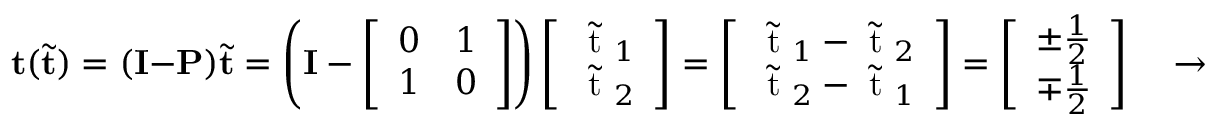
\mathbf { t } ( \tilde { \mathbf { t } } ) = ( \mathbf { I } - \mathbf { P } ) \tilde { \mathbf { t } } = \left( \mathbf { I } - \left[ \begin{array} { l l } { 0 } & { 1 } \\ { 1 } & { 0 } \end{array} \right] \right) \left[ \begin{array} { l } { \tilde { \mathrm { ~ t ~ } } _ { 1 } } \\ { \tilde { \mathrm { ~ t ~ } } _ { 2 } } \end{array} \right] = \left[ \begin{array} { l } { \tilde { \mathrm { ~ t ~ } } _ { 1 } - \tilde { \mathrm { ~ t ~ } } _ { 2 } } \\ { \tilde { \mathrm { ~ t ~ } } _ { 2 } - \tilde { \mathrm { ~ t ~ } } _ { 1 } } \end{array} \right] = \left[ \begin{array} { l } { \pm \frac { 1 } { 2 } } \\ { \mp \frac { 1 } { 2 } } \end{array} \right] \quad \rightarrow \quad \tilde { \mathrm { ~ t ~ } } _ { 1 } = \tilde { \mathrm { ~ t ~ } } _ { 2 } \pm \frac { 1 } { 2 }